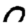
Digit: 0